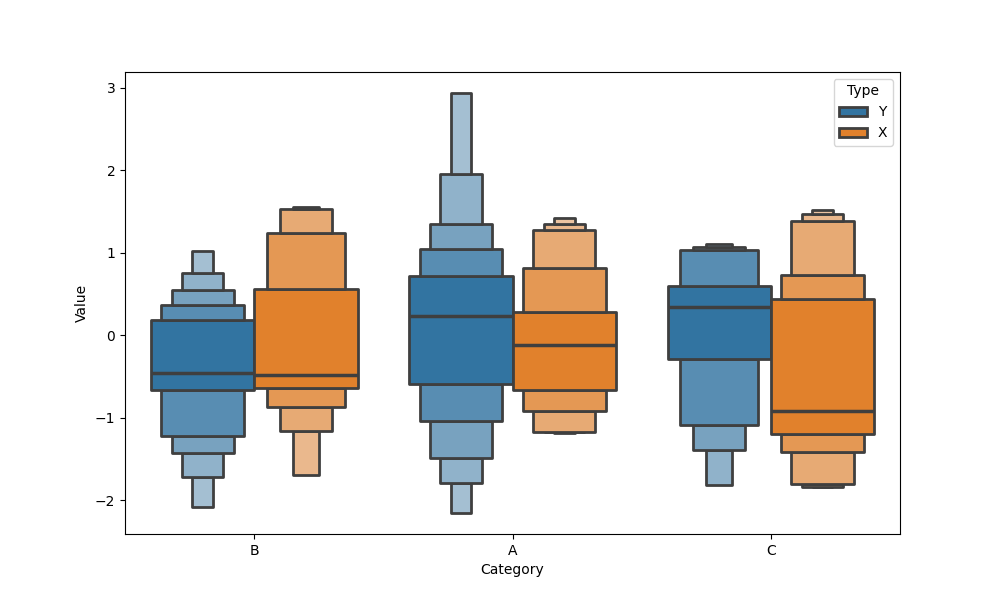
python, seaborn, boxenplot, k_depth='full', linewidth=2, scale='linear', outlier_prop=0.1, showfliers=True